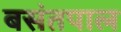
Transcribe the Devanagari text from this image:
बसंतपाल